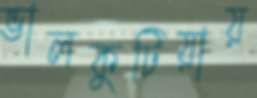
ভালকুটিয়ায়